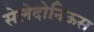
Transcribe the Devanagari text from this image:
सेलेदोनिऊस